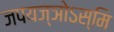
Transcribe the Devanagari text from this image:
जपयज्ञोऽस्मि